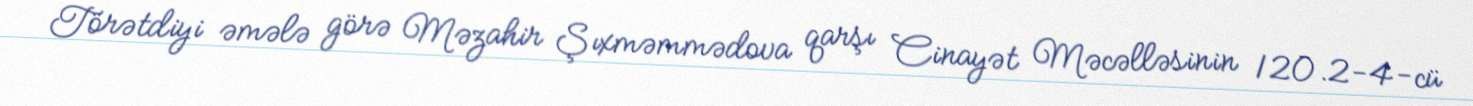
Törətdiyi əmələ görə Məzahir Şıxməmmədova qarşı Cinayət Məcəlləsinin 120.2-4-cü